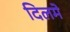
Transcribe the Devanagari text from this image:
दिलमे